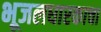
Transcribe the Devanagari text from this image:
भूजलधारकाचा